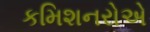
કમિશનરોએ